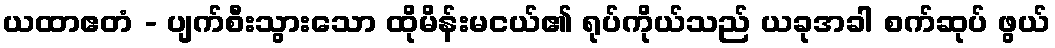
ယထာဧတံ - ပျက်စီးသွားသော ထိုမိန်းမငယ်၏ ရုပ်ကိုယ်သည် ယခုအခါ စက်ဆုပ် ဖွယ်